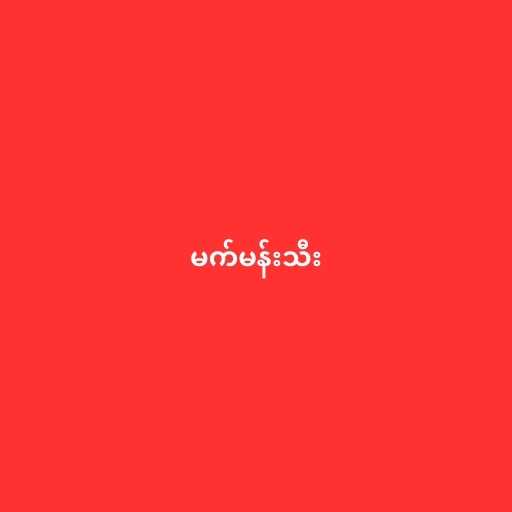
မက်မန်းသီး